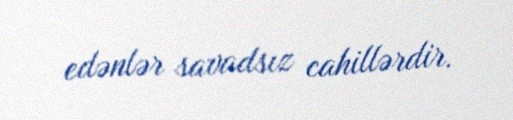
edənlər savadsız cahillərdir.